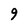
Character: 9